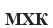
МХК